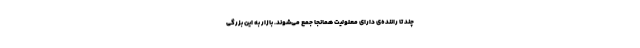
چند تا راننده‌ی دارای معلولیت همانجا جمع می‌شوند. بازار به این بزرگی